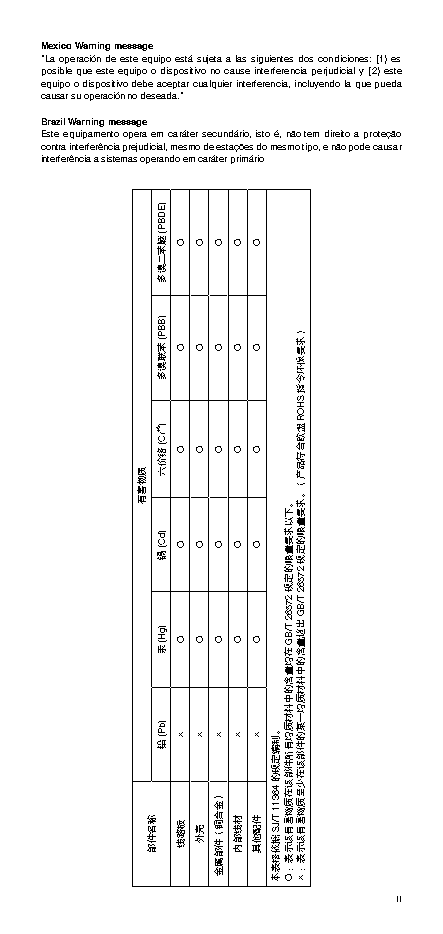
Mexico Warning message
 “La operación de este equipo está sujeta a las siguientes dos condiciones: (1) es
 posible que este equipo o dispositivo no cause interferencia perjudicial y (2) este
 equipo o dispositivo debe aceptar cualquier interferencia, incluyendo la que pueda
 causar su operación no deseada.”
 Brazil Warning message
 Este equipamento opera em caráter secundário, isto é, não tem direito a proteção
 contra interferência prejudicial, mesmo de estações do mesmo tipo, e não pode causar
 interferência a sistemas operando em caráter primário
 11
 质物害有
 称名件部
 )EDBP(醚苯二溴多
 )BBP(苯联溴多
 )6+rC(铬价六
 )dC(镉
 )gH(汞
 )bP(铅
 ○
 ○
 ○
 ○
 ○
 ×
 板路线
 ○
 ○
 ○
 ○
 ○
 ×
 壳外
 ○
 ○
 ○
 ○
 ○
 ×
 ）金合铜（件部属金
 ○
 ○
 ○
 ○
 ○
 ×
 材线部内
 ○
 ○
 ○
 ○
 ○
 ×
 件配他其
 。制编定规的46311
 T/JS据依格表本
 。下以求要量限的定规27562
 T/BG在均量含的中料材质均有所件部该在质物害有该示表：○
 ）求要保环令指SHOR盟欧合符品产（。求要量限的定规27562
 T/BG出超量含的中料材质均一某的件部该在少至质物害有该示表：×